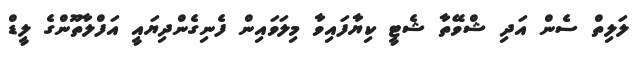
ލަލިތް ސެން އަދި ޝްވޭތާ ޝެޓީ ކިޔާފައިވާ މިލަވައިން ފެނިގެންދިޔައީ އަފްލާތޫންގެ ލީޑް